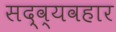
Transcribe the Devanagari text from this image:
सद्‍व्यवहार